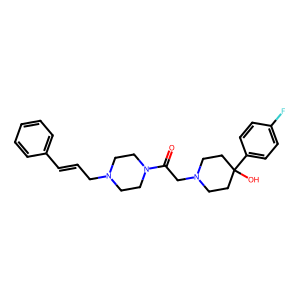
SMILES: O=C(CN1CCC(O)(c2ccc(F)cc2)CC1)N1CCN(CC=Cc2ccccc2)CC1
Inhibits HIV replication: No